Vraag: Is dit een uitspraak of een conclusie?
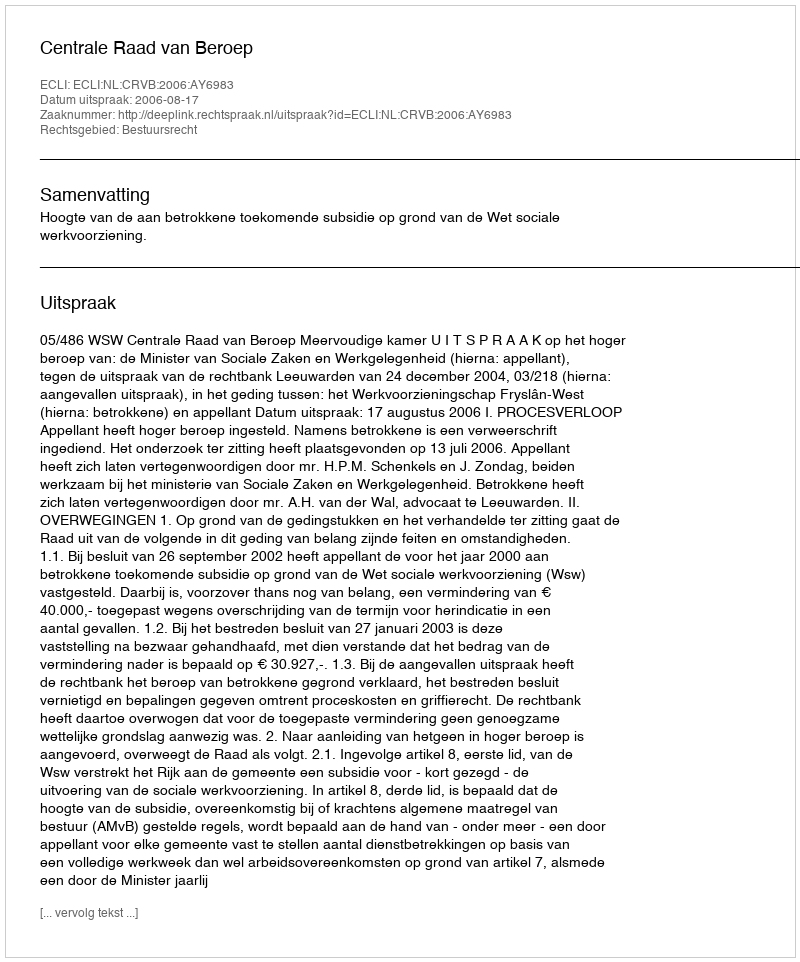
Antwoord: Uitspraak